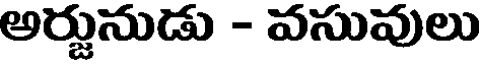
అర్జునుడు - వసువులు